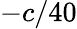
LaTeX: -c/40